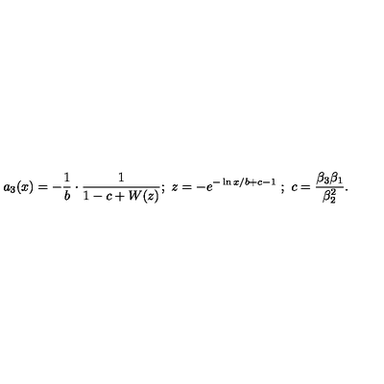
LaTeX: a _ { 3 } ( x ) = - \frac { 1 } { b } \cdot \frac { 1 } { 1 - c + W ( z ) } ; \ z = - e ^ { - \ln x / b + c - 1 } \ ; \ c = \frac { \beta _ { 3 } \beta _ { 1 } } { \beta _ { 2 } ^ { 2 } } .